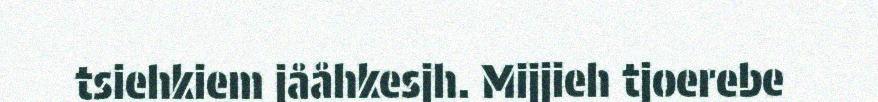
tsiehkiem jååhkesjh. Mijjieh tjoerebe